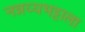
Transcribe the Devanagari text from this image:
नन्नय्यभट्टाला